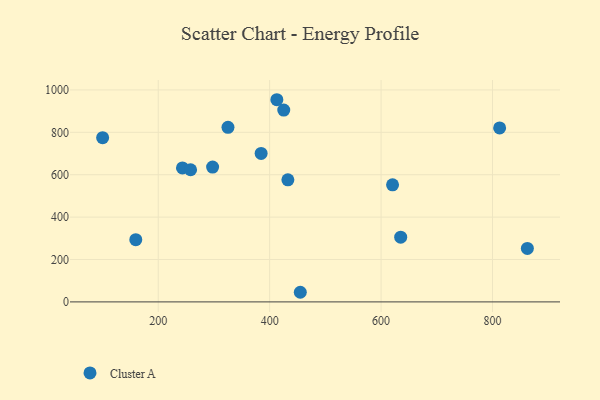
{"axis": {"x": "Speed", "y": "Profit"}, "legend": ["Cluster A"], "data": [{"x": "243.5", "y": 632.3, "type": "Cluster A"}, {"x": "635.2", "y": 305.6, "type": "Cluster A"}, {"x": "620.6", "y": 552.3, "type": "Cluster A"}, {"x": "412.9", "y": 953.9, "type": "Cluster A"}, {"x": "325.2", "y": 823.5, "type": "Cluster A"}, {"x": "812.8", "y": 820.9, "type": "Cluster A"}, {"x": "455.0", "y": 45.4, "type": "Cluster A"}, {"x": "432.7", "y": 576.1, "type": "Cluster A"}, {"x": "100.2", "y": 774.9, "type": "Cluster A"}, {"x": "258.1", "y": 623.4, "type": "Cluster A"}, {"x": "425.3", "y": 905.2, "type": "Cluster A"}, {"x": "384.7", "y": 700.7, "type": "Cluster A"}, {"x": "297.6", "y": 636.3, "type": "Cluster A"}, {"x": "862.6", "y": 252.3, "type": "Cluster A"}, {"x": "159.7", "y": 293.7, "type": "Cluster A"}]}